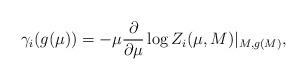
LaTeX: \begin{align*}\gamma_i(g(\mu) ) = - \mu { \partial \over \partial \mu } \log Z_i(\mu, M)|_{M, g(M)},\end{align*}